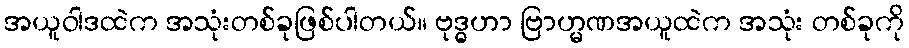
အယူဝါဒထဲက အသုံးတစ်ခုဖြစ်ပါတယ်။ ဗုဒ္ဓဟာ ဗြာဟ္မဏအယူထဲက အသုံး တစ်ခုကို